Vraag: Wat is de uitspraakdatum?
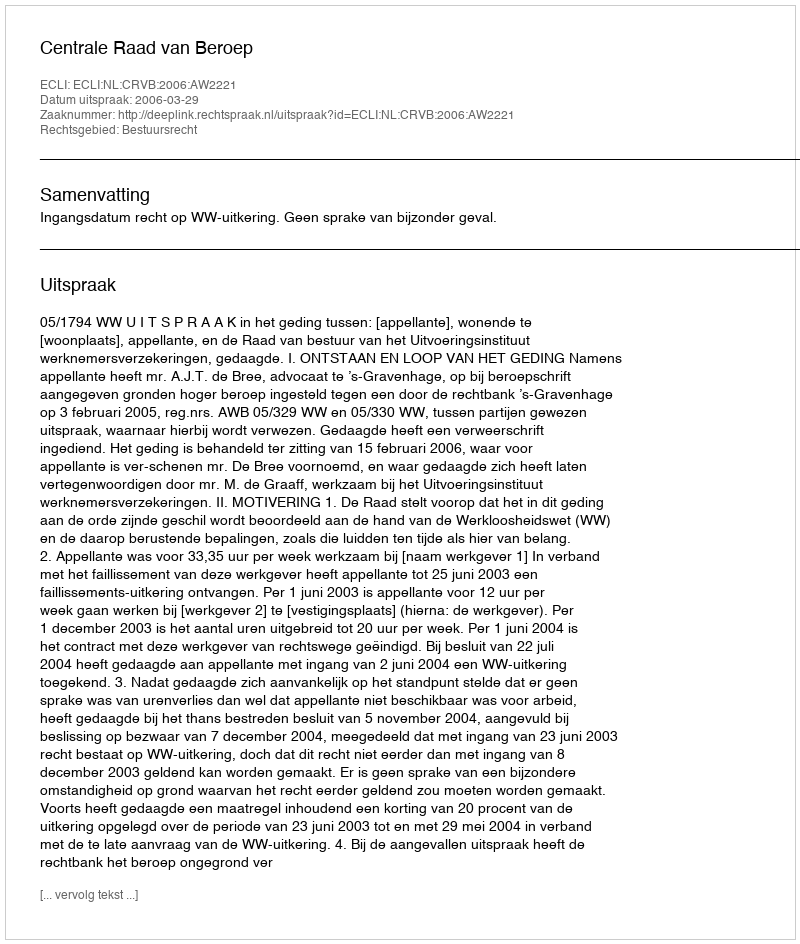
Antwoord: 2006-03-29